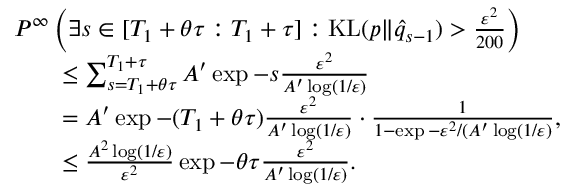
\begin{array} { r l } & { P ^ { \infty } \left( \exists s \in [ T _ { 1 } + \theta \tau : T _ { 1 } + \tau ] : \mathrm { K L } ( p \| \hat { q } _ { s - 1 } ) > \frac { \varepsilon ^ { 2 } } { 2 0 0 } \right) } \\ & { \qquad \le \sum _ { s = T _ { 1 } + \theta \tau } ^ { T _ { 1 } + \tau } A ^ { \prime } \exp { - s \frac { \varepsilon ^ { 2 } } { A ^ { \prime } \log ( 1 / \varepsilon ) } } } \\ & { \qquad = A ^ { \prime } \exp { - ( T _ { 1 } + \theta \tau ) \frac { \varepsilon ^ { 2 } } { A ^ { \prime } \log ( 1 / \varepsilon ) } } \cdot \frac { 1 } { 1 - \exp { - \varepsilon ^ { 2 } / ( A ^ { \prime } \log ( 1 / \varepsilon ) } } , } \\ & { \qquad \le \frac { A ^ { 2 } \log ( 1 / \varepsilon ) } { \varepsilon ^ { 2 } } \exp { - \theta \tau \frac { \varepsilon ^ { 2 } } { A ^ { \prime } \log ( 1 / \varepsilon ) } } . } \end{array}